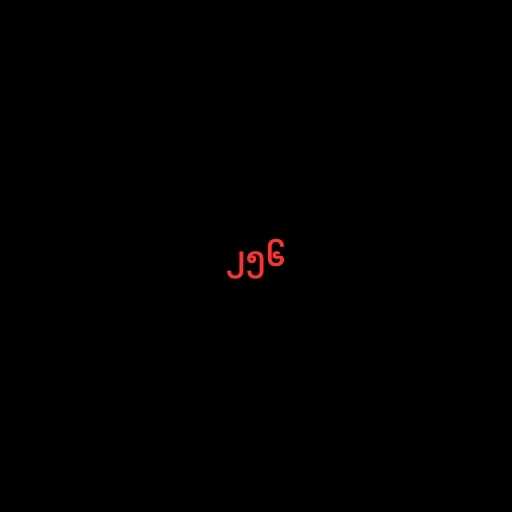
၂၅၆